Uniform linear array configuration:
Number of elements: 64
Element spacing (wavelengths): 1
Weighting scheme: uniform
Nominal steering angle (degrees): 0
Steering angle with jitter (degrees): -0.3474
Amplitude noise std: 0.05
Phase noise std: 0.05

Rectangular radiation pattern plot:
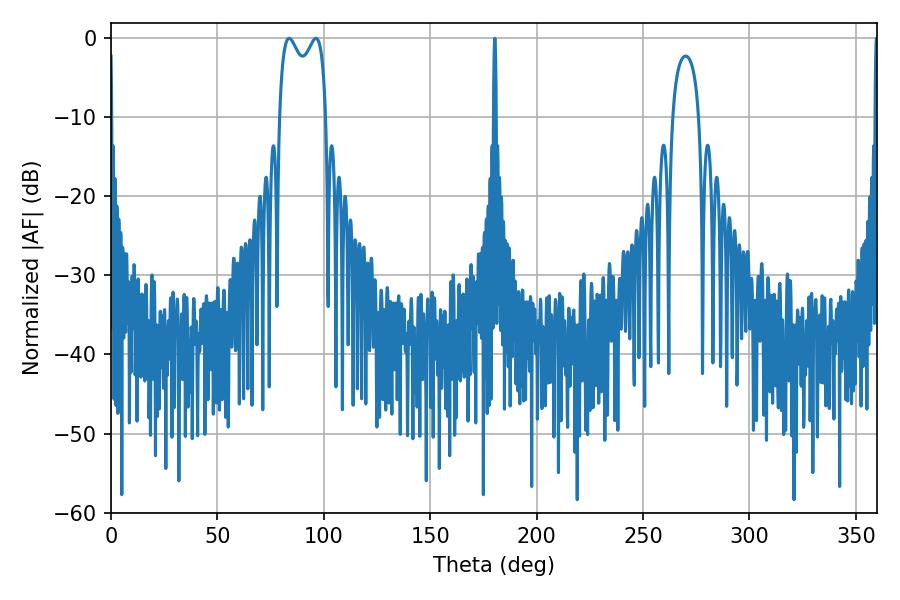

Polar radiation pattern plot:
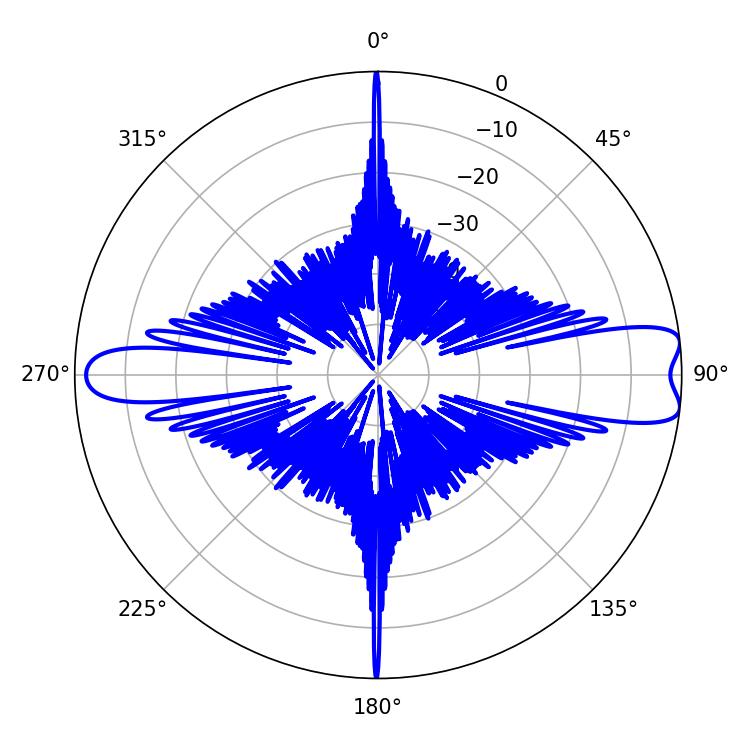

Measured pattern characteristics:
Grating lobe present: TRUE
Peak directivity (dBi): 10.437
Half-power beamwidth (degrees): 18.36
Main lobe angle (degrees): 83.7